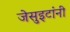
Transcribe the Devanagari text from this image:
जेसुइटांनी